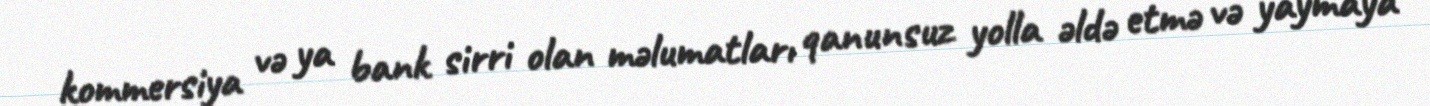
kommersiya və ya bank sirri olan məlumatları qanunsuz yolla əldə etmə və yaymaya